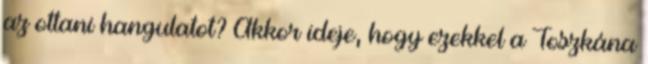
az ottani hangulatot? Akkor ideje, hogy ezekkel a Toszkána